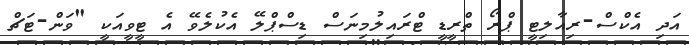
އަދި އެކްސް-ރިއާލިޓީ ޕްރޯ ތްރީޑީ ޓްރައިލުމިނަސް ޑިސްޕްލޭ އެކުލެވޭ އެ ޓީވީއަކީ "ވަން-ޓަޗް